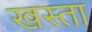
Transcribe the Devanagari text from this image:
खस्‍ता